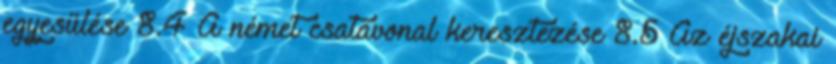
egyesülése 8.4 A német csatavonal keresztezése 8.5 Az éjszakai